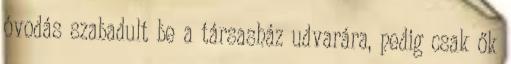
óvodás szabadult be a társasház udvarára, pedig csak ők